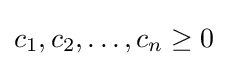
c_{1},c_{2},\dots ,c_{n}\geq 0